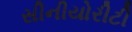
સીનીયોરીટી